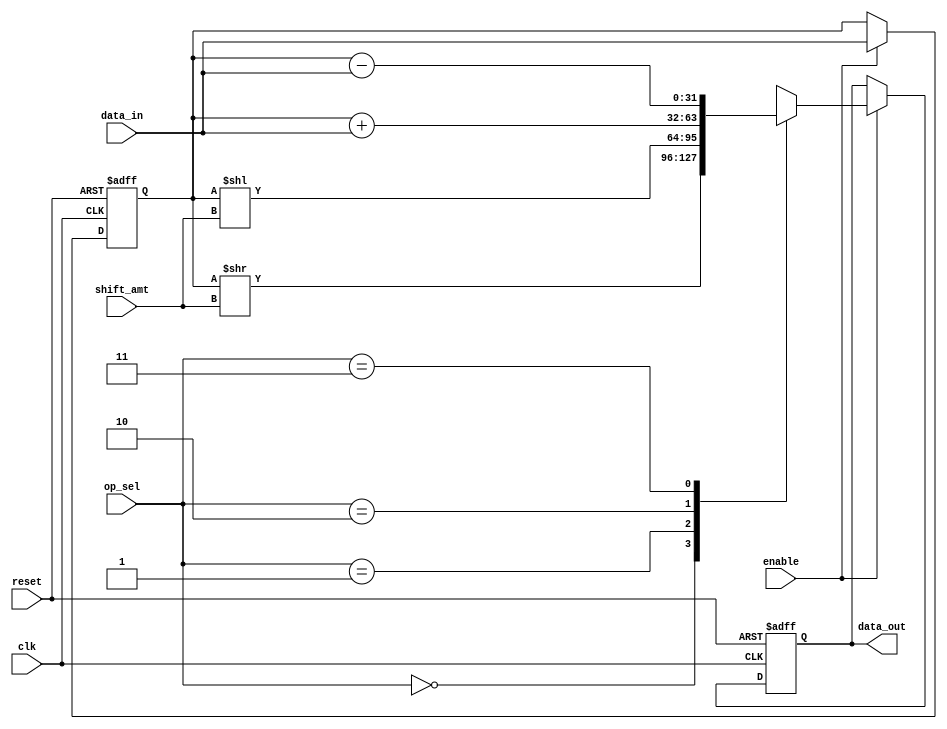
module LogarithmicShiftRegister (
    input wire clk,              // Clock signal
    input wire reset,            // Reset signal
    input wire enable,           // Enable signal
    input wire [31:0] data_in,   // Input data
    input wire [4:0] shift_amt,  // Bit amount to shift (logarithmic level)
    input wire [1:0] op_sel,     // Operation select: 00 = shift, 01 = add, 10 = sub, 11 = mul
    output reg [31:0] data_out    // Output data
);
    
    // Internal signal
    reg [31:0] buffer;

    // Input Buffer
    always @(posedge clk or posedge reset) begin
        if (reset) begin
            buffer <= 32'b0;
        end else if (enable) begin
            buffer <= data_in;
        end
    end

    // Logarithmic Shifting and Arithmetic Unit
    always @(posedge clk or posedge reset) begin
        if (reset) begin
            data_out <= 32'b0;
        end else if (enable) begin
            case (op_sel)
                2'b00: begin
                    // Logarithmic Shift Right
                    data_out <= buffer >> shift_amt; // Right shift
                end
                2'b01: begin
                    // Logarithmic Shift Left
                    data_out <= buffer << shift_amt; // Left shift
                end
                2'b10: begin
                    // Addition
                    data_out <= buffer + data_in; // Add input to buffer value
                end
                2'b11: begin
                    // Subtraction
                    data_out <= buffer - data_in; // Subtract input from buffer value
                end
                default: begin
                    data_out <= buffer; // Default case, no operation
                end
            endcase
        end
    end

    // You may add more functionality like multiplication or further detail
    // on the logarithmic shift operations as required.

endmodule